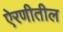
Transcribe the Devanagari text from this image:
ऐरणीतील